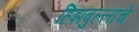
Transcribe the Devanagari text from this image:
हिझबुल्लाचे